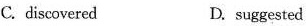
C. discoversed D. suggested